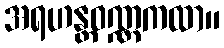
အရဟန္တဝဏ္ဏကထာ။